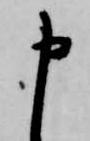
申